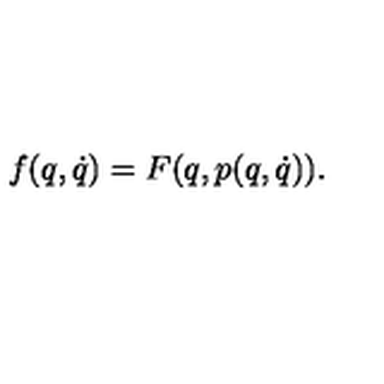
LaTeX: f ( q , \dot { q } ) = F ( q , p ( q , \dot { q } ) ) .